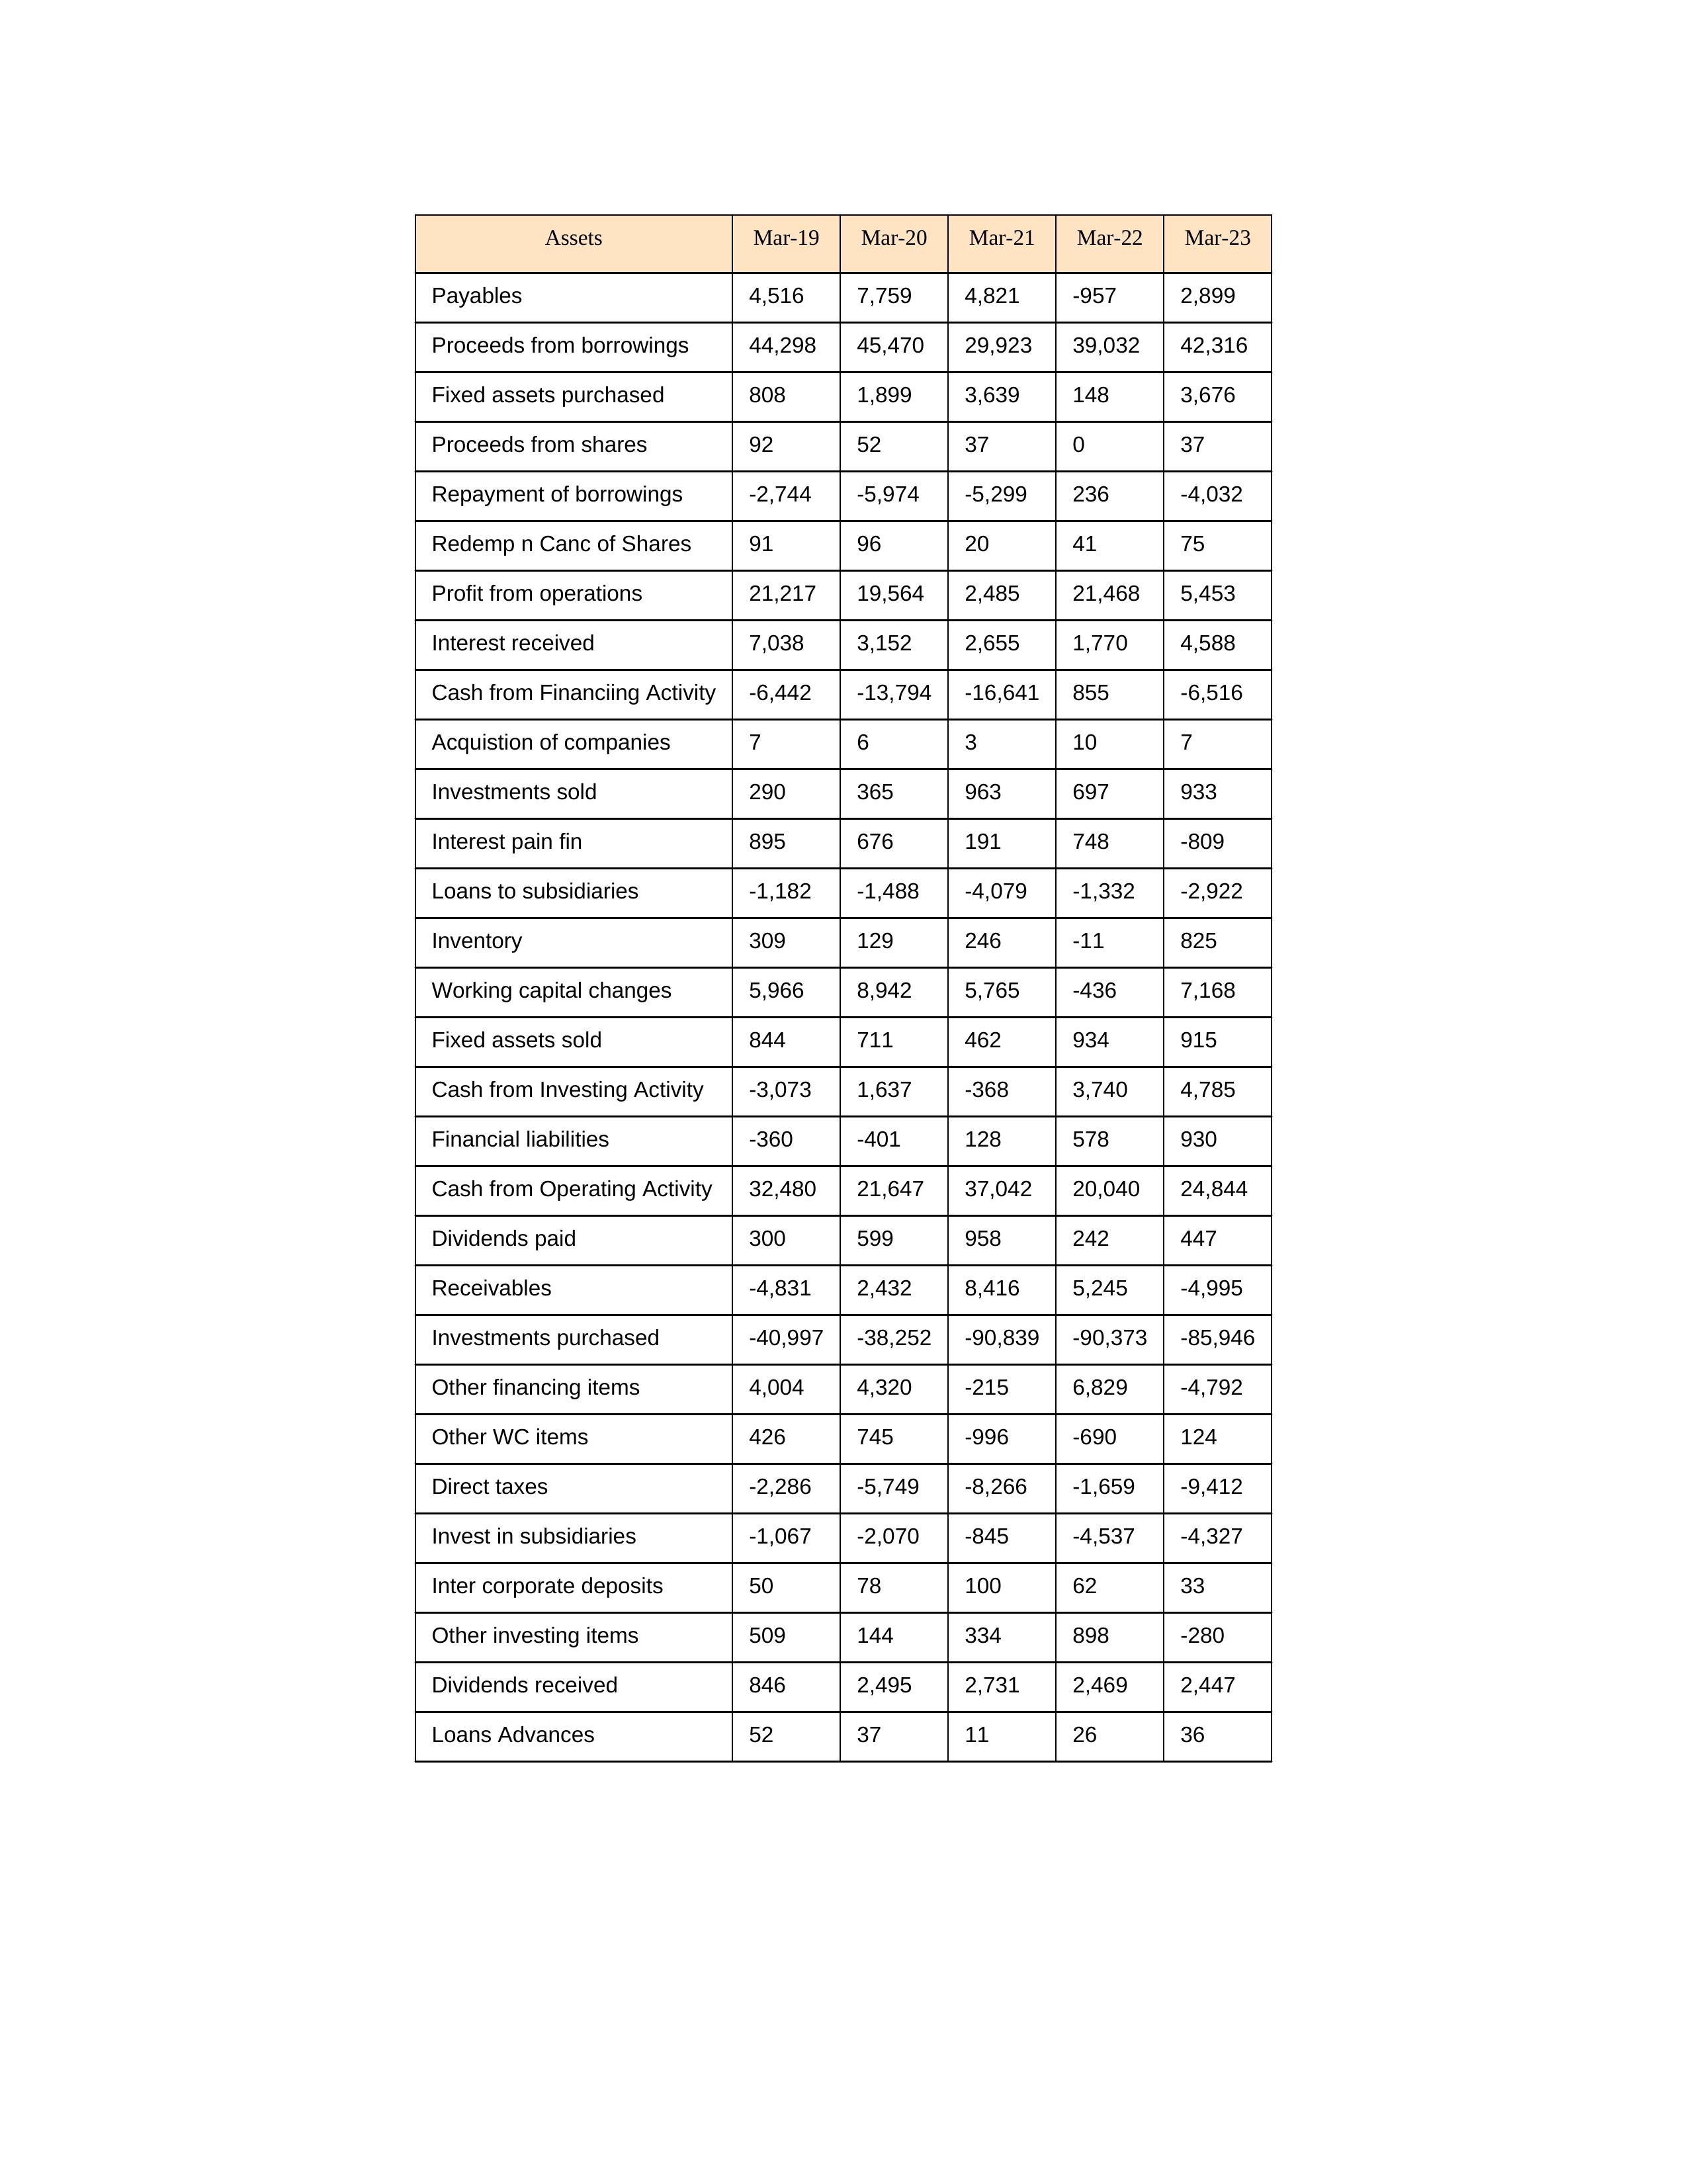
gt_parse: Mar-19: Cash from Operating Activity: 32,480
Profit from operations: 21,217
Receivables: -4,831
Inventory: 309
Payables: 4,516
Loans Advances: 52
Other WC items: 426
Working capital changes: 5,966
Direct taxes: -2,286
Cash from Investing Activity: -3,073
Fixed assets purchased: 808
Fixed assets sold: 844
Investments purchased: -40,997
Investments sold: 290
Interest received: 7,038
Dividends received: 846
Invest in subsidiaries: -1,067
Loans to subsidiaries: -1,182
Redemp n Canc of Shares: 91
Acquistion of companies: 7
Inter corporate deposits: 50
Other investing items: 509
Cash from Financiing Activity: -6,442
Proceeds from shares: 92
Proceeds from borrowings: 44,298
Repayment of borrowings: -2,744
Interest pain fin: 895
Dividends paid: 300
Financial liabilities: -360
Other financing items: 4,004
Mar-20: Cash from Operating Activity: 21,647
Profit from operations: 19,564
Receivables: 2,432
Inventory: 129
Payables: 7,759
Loans Advances: 37
Other WC items: 745
Working capital changes: 8,942
Direct taxes: -5,749
Cash from Investing Activity: 1,637
Fixed assets purchased: 1,899
Fixed assets sold: 711
Investments purchased: -38,252
Investments sold: 365
Interest received: 3,152
Dividends received: 2,495
Invest in subsidiaries: -2,070
Loans to subsidiaries: -1,488
Redemp n Canc of Shares: 96
Acquistion of companies: 6
Inter corporate deposits: 78
Other investing items: 144
Cash from Financiing Activity: -13,794
Proceeds from shares: 52
Proceeds from borrowings: 45,470
Repayment of borrowings: -5,974
Interest pain fin: 676
Dividends paid: 599
Financial liabilities: -401
Other financing items: 4,320
Mar-21: Cash from Operating Activity: 37,042
Profit from operations: 2,485
Receivables: 8,416
Inventory: 246
Payables: 4,821
Loans Advances: 11
Other WC items: -996
Working capital changes: 5,765
Direct taxes: -8,266
Cash from Investing Activity: -368
Fixed assets purchased: 3,639
Fixed assets sold: 462
Investments purchased: -90,839
Investments sold: 963
Interest received: 2,655
Dividends received: 2,731
Invest in subsidiaries: -845
Loans to subsidiaries: -4,079
Redemp n Canc of Shares: 20
Acquistion of companies: 3
Inter corporate deposits: 100
Other investing items: 334
Cash from Financiing Activity: -16,641
Proceeds from shares: 37
Proceeds from borrowings: 29,923
Repayment of borrowings: -5,299
Interest pain fin: 191
Dividends paid: 958
Financial liabilities: 128
Other financing items: -215
Mar-22: Cash from Operating Activity: 20,040
Profit from operations: 21,468
Receivables: 5,245
Inventory: -11
Payables: -957
Loans Advances: 26
Other WC items: -690
Working capital changes: -436
Direct taxes: -1,659
Cash from Investing Activity: 3,740
Fixed assets purchased: 148
Fixed assets sold: 934
Investments purchased: -90,373
Investments sold: 697
Interest received: 1,770
Dividends received: 2,469
Invest in subsidiaries: -4,537
Loans to subsidiaries: -1,332
Redemp n Canc of Shares: 41
Acquistion of companies: 10
Inter corporate deposits: 62
Other investing items: 898
Cash from Financiing Activity: 855
Proceeds from shares: 0
Proceeds from borrowings: 39,032
Repayment of borrowings: 236
Interest pain fin: 748
Dividends paid: 242
Financial liabilities: 578
Other financing items: 6,829
Mar-23: Cash from Operating Activity: 24,844
Profit from operations: 5,453
Receivables: -4,995
Inventory: 825
Payables: 2,899
Loans Advances: 36
Other WC items: 124
Working capital changes: 7,168
Direct taxes: -9,412
Cash from Investing Activity: 4,785
Fixed assets purchased: 3,676
Fixed assets sold: 915
Investments purchased: -85,946
Investments sold: 933
Interest received: 4,588
Dividends received: 2,447
Invest in subsidiaries: -4,327
Loans to subsidiaries: -2,922
Redemp n Canc of Shares: 75
Acquistion of companies: 7
Inter corporate deposits: 33
Other investing items: -280
Cash from Financiing Activity: -6,516
Proceeds from shares: 37
Proceeds from borrowings: 42,316
Repayment of borrowings: -4,032
Interest pain fin: -809
Dividends paid: 447
Financial liabilities: 930
Other financing items: -4,792